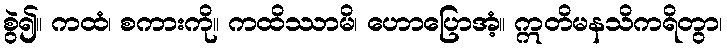
စွဲ၍။ ကထံ၊ စကားကို။ ကထိဿာမိ၊ ဟောပြောအံ့။ ဣတိမနသိကရိတွာ၊